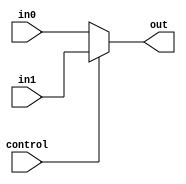
`timescale 1ns / 1ns
module Mux5(
    input control,
    input[4:0] in0,
    input[4:0] in1,
    output[4:0] out
);
// 5
    assign out=control?in1:in0;
endmodule